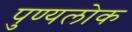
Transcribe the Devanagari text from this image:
पुण्यलोक